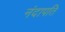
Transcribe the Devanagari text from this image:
नंदापति